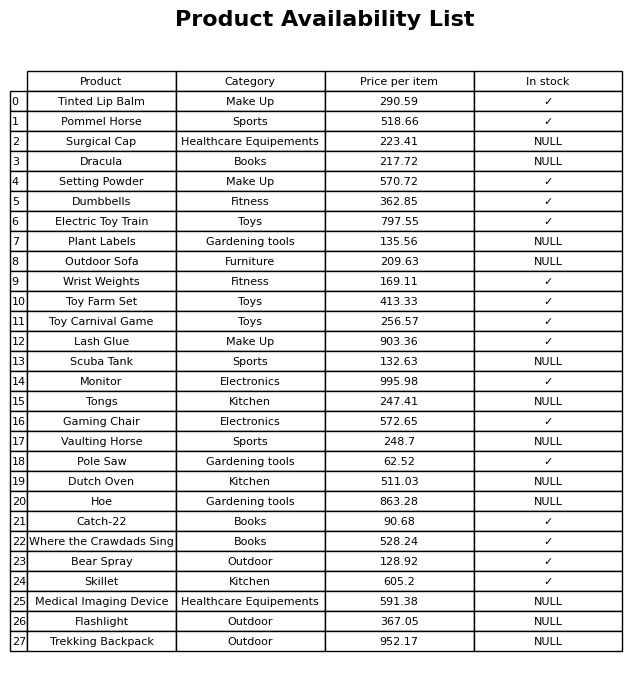
question: What is the price of the Flashlight?
answer: The price of Flashlight is 367.05.